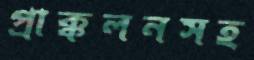
প্রাক্কলনসহ